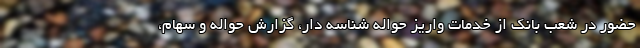
حضور در شعب بانک از خدمات واریز حواله شناسه دار، گزارش حواله و سهام،